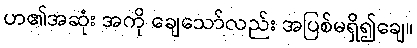
ဟ၏အဆုံး အကို ချေသော်လည်း အပြစ်မရှိ၍ချေ။